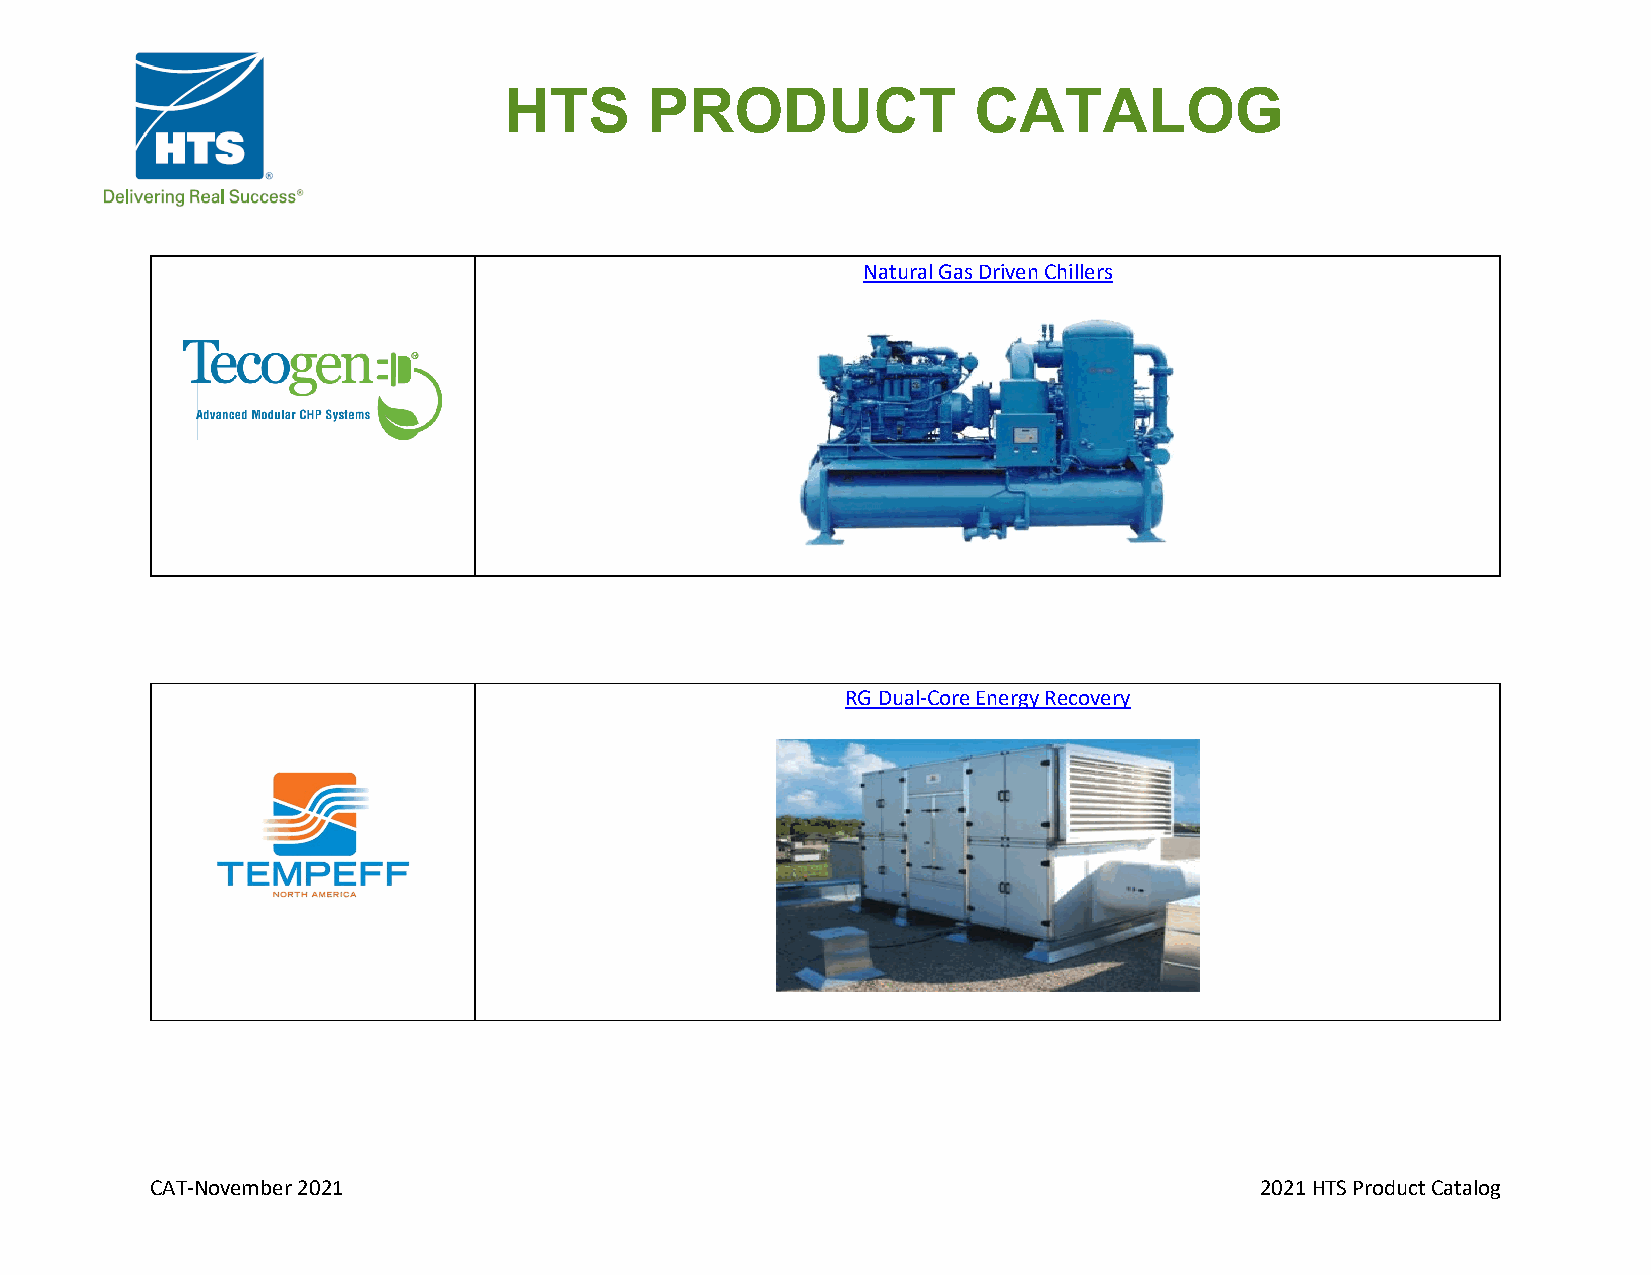
HTS       PRODUCT              CATALOG
 Natural Gas Driven Chillers
 RG Dual-Core Energy Recovery
 CAT-November 2021                                                        2021 HTS Product Catalog